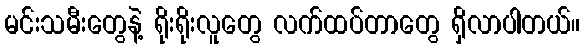
မင်းသမီးတွေနဲ့ ရိုးရိုးလူတွေ လက်ထပ်တာတွေ ရှိလာပါတယ်။